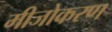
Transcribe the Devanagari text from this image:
मीजोकरण